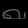
Digit: ၈